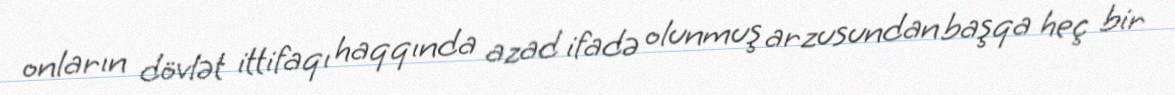
onların dövlət ittifaqı haqqında azad ifadə olunmuş arzusundan başqa heç bir